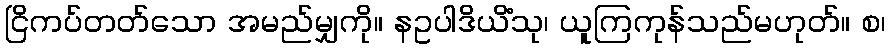
ငြိကပ်တတ်သော အမည်မျှကို။ နဥပါဒိယိံသု၊ ယူကြကုန်သည်မဟုတ်။ စ၊